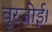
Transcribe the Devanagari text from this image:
बुरजोई।